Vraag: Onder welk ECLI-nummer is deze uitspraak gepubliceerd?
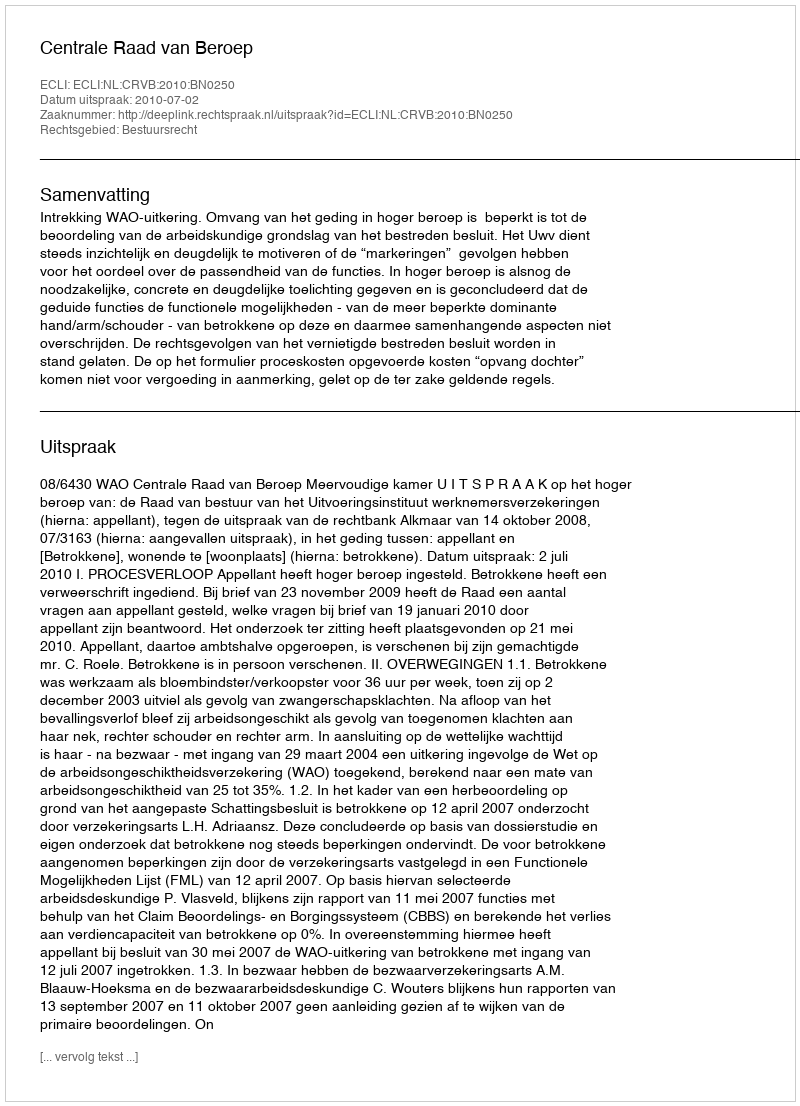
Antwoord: ECLI:NL:CRVB:2010:BN0250